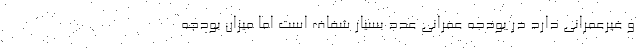
و غیرعمرانی دارد در بودجه عمرانی عدد بسیار شفاف است اما میزان بودجه